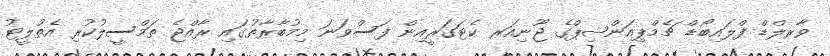
ވާރލްޑް ފްލައިބޯޑް ޗެމްޕިއަންޝިޕްގެ ޖޫނިއަރ ކެޓަގަރީއިން ފަސްވަނަ މިމުބާރާތުގައި ރާއްޖެ ތަމްސީލުކުރި އެތުލީޓު